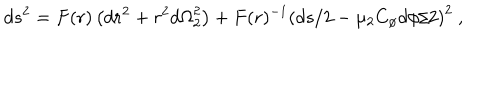
LaTeX: d s ^ { 2 } = F ( r ) \left( { d r } ^ { 2 } + r ^ { 2 } { d \Omega } _ { 2 } ^ { 2 } \right) + F ( r ) ^ { - 1 } \left( { d s } / 2 - \mu _ { 2 } C _ { \phi } { d \phi } / 2 \right) ^ { 2 } \ ,